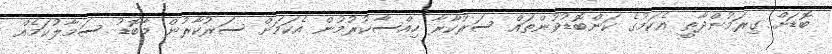
ބޮޑަށް ގިރަމުންދާތީ އެކަމުގެ ކަންބޮޑުވުންތައް ސަރުކާރާ ހިއްސާކުރުމުން އެކަމަށް ސަރުކާރުން މާބޮޑު ސަމާލުކަމެއް